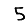
Digit: 5